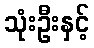
သုံးဦးနှင့်